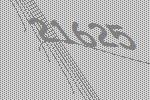
21625